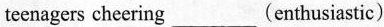
teenagers cheering___(enthusiastic)